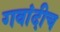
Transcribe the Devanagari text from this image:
गवांदीच